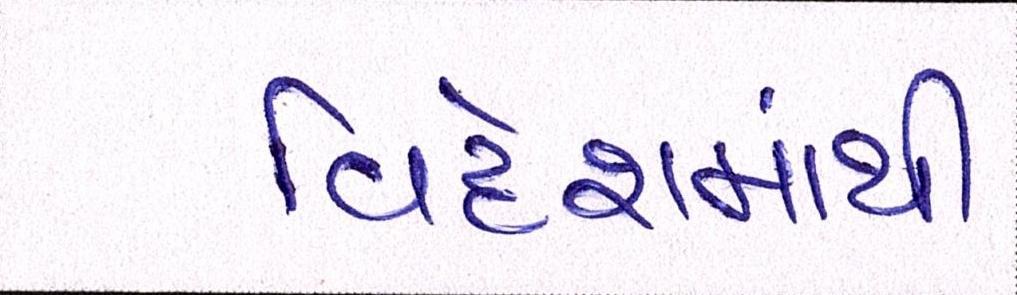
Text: વિદેશમાંથી